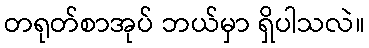
တရုတ်စာအုပ် ဘယ်မှာ ရှိပါသလဲ။